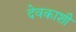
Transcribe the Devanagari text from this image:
देवकाशी